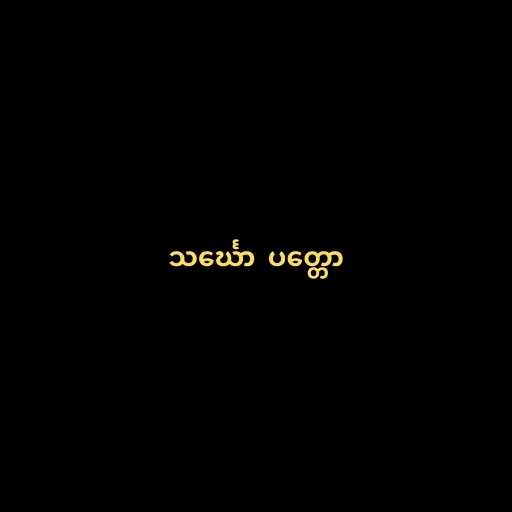
သင်္ဃော  ပတ္တော